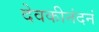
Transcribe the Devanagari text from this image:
देवकीनंदनं